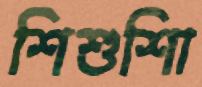
শিশুশিা